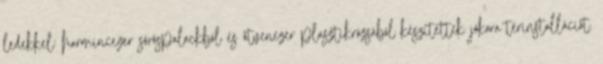
ledekkel: harmincezer söröspalackból és ötvenezer plasztikrózsából készítettek jókora térinstallációt.